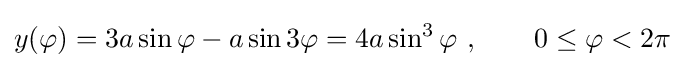
y(\varphi )=3a\sin \varphi -a\sin 3\varphi =4a\sin ^{3}\varphi \ ,\qquad 0\leq \varphi <2\pi